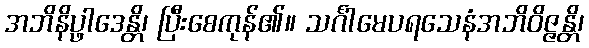
အဘိနိပ္ဖာဒေန္တိ၊ ပြီးစေကုန်၏။ သင်္ဂါမေပရသေနံအဘိဝိဇ္ဇန္တိ၊